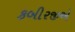
કબીરજીએ